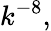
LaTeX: k^{-8},